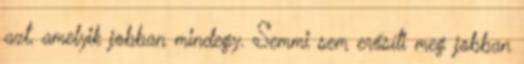
azt, amelyik jobban mindegy. Semmi sem erősíti meg jobban